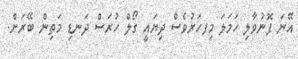
އޭނަ ފޮނުވާލި ހަމަލަ މިފހަރުވެސް ދިޔައީ ގޯލް ހުރަސް ދަނޑި މަތިން ބޭރަށް.